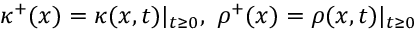
\kappa ^ { + } ( x ) = \kappa ( x , t ) | _ { t \geq 0 } , ~ \rho ^ { + } ( x ) = \rho ( x , t ) | _ { t \geq 0 }